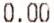
0.00